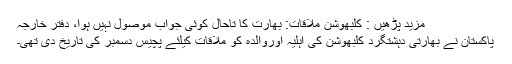
مزید پڑھیں : کلبھوشن ملاقات: بھارت کا تاحال کوئی جواب موصول نہیں ہوا، دفتر خارجہ
پاکستان نے بھارتی دہشتگرد کلبھوشن کی اہلیہ اوروالدہ کو ملاقات کیلئے پچیس دسمبر کی تاریخ دی تھی۔